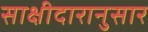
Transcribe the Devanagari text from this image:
साक्षीदारानुसार